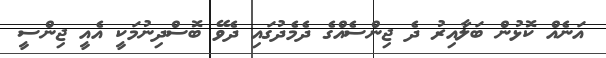
އަނެއް ކޮޅުން ބަލާއިރު ދެ ޖިންސެއްގެ ދެމެދުގައި ދެވޭ ބޮސްދިނުމަކީ އެއީ ޖިންސީ